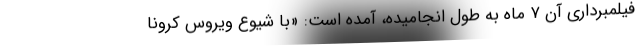
فیلمبرداری آن ۷ ماه به طول انجامیده، آمده است: «با شیوع ویروس کرونا